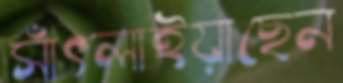
সাঁৎলাইয়াছেন